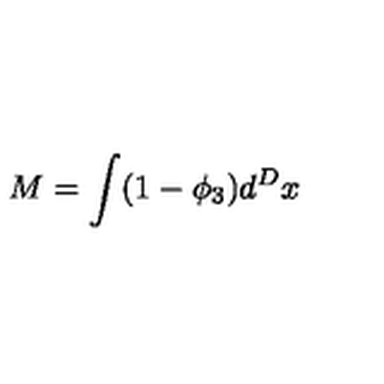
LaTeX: M = \int ( 1 - \phi _ { 3 } ) d ^ { D } x